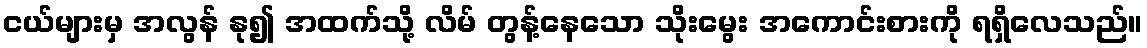
ငယ်များမှ အလွန် နု၍ အထက်သို့ လိမ် တွန့်နေသော သိုးမွေး အကောင်းစားကို ရရှိလေသည်။